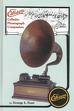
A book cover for Edison Cylinder Phonograph Companion; George L. Frow; Crafts, Hobbies & Home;